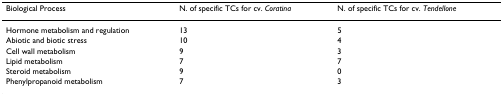
| Biological Process | N. of specific TCs for cv. Coratina | N. of specific TCs for cv. Tendellone |
 | --- | --- | --- |
 | Hormone metabolism and regulation | 13 | 5 |
 | Abiotic and biotic stress | 10 | 4 |
 | Cell wall metabolism | 9 | 3 |
 | Lipid metabolism | 7 | 7 |
 | Steroid metabolism | 9 | 0 |
 | Phenylpropanoid metabolism | 7 | 3 |